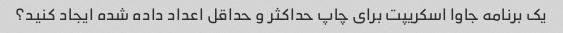
یک برنامه جاوا اسکریپت برای چاپ حداکثر و حداقل اعداد داده شده ایجاد کنید؟